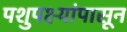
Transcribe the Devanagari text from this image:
पशुपक्ष्यांपासून